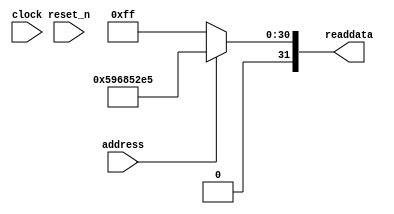
module soc_design_SystemID_1 (
                address,
                clock,
                reset_n,
                readdata
             )
;
  output  [ 31: 0] readdata;
  input            address;
  input            clock;
  input            reset_n;
  wire    [ 31: 0] readdata;
  assign readdata = address ? 1500009189 : 255;
endmodule